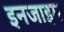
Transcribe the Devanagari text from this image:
इनजाइम